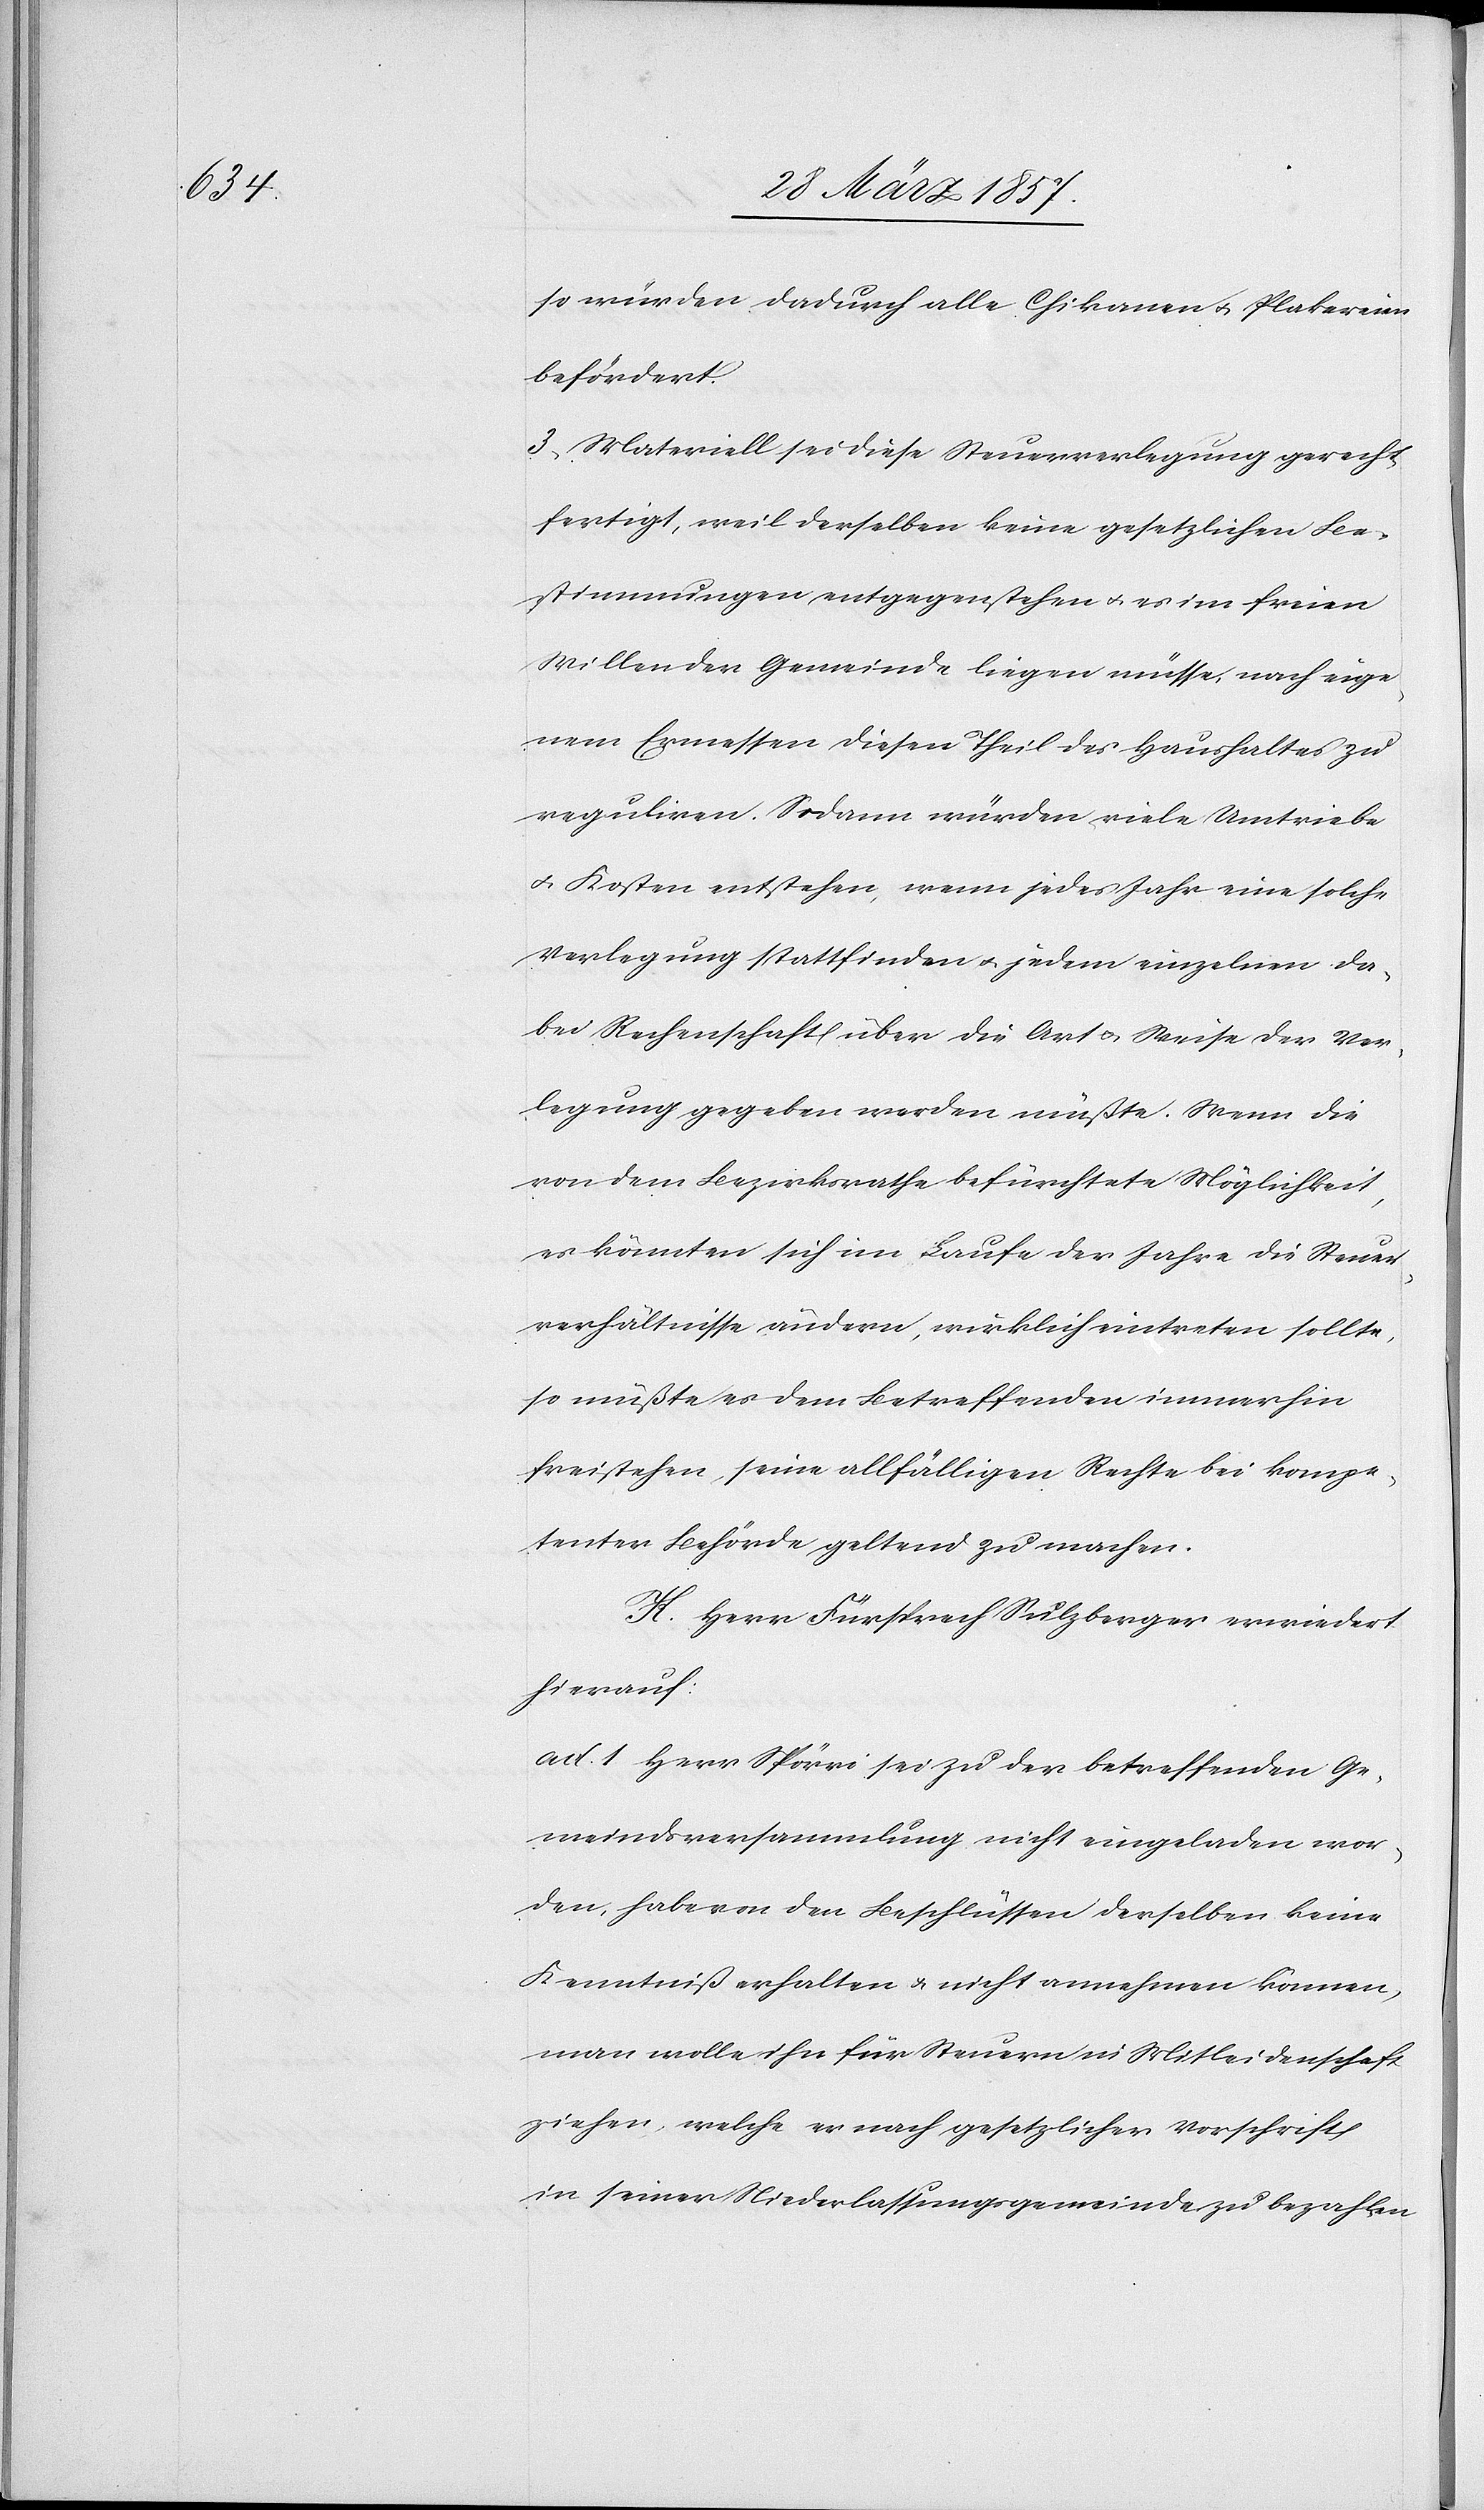
so würden dadurch alle Chikanen u. Plakereien
befördert.
3. Materiell sei diese Steuerverlegung gerecht¬
fertigt, weil derselben keine gesetzlichen Be¬
stimmungen entgegen stehen u. es im freien
Willen der Gemeinde liegen müsse, nach eige¬
nem Ermessen diesen Theil des Haushaltes zu
reguliren. Sodann würden viele Umtriebe
u. Kosten entstehen, wenn jedes Jahr eine solche
Verlegung stattfinden u. jedem einzelnen da¬
bei Rechenschaft über die Art u. Weise der Ver¬
legung gegeben werden müsste. Wenn die
von dem Bezirksrathe befürchtete Möglichkeit,
es könnten sich im Laufe der Jahre die Steuer¬
verhältnisse ändern, wirklich eintreten sollte,
so müsste es dem Betreffenden immerhin
freistehen, seine allfälligen Rechte bei kompe¬
tenter Behörde geltend zu machen.
K. Herr Fürsprech Sulzberger erwiedert
hierauf:
ad. 1 Herr Spörri sei zu der betreffenden Ge¬
meindsversammlung nicht eingeladen wor¬
den, habe von den Beschlüssen derselben keine
Kenntniß erhalten u. nicht annehmen können,
man wolle ihn für Steuern in Mitleidenschaft
ziehen, welche er nach gesetzlicher Vorschrift
in seiner Niederlassungsgemeinde zu bezahlen